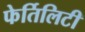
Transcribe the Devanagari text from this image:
फेर्तिलिटी